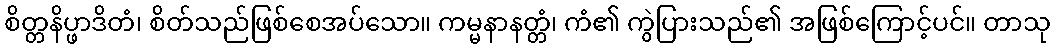
စိတ္တနိပ္ဖာဒိတံ၊ စိတ်သည်ဖြစ်စေအပ်သော။ ကမ္မနာနတ္တံ၊ ကံ၏ ကွဲပြားသည်၏ အဖြစ်ကြောင့်ပင်။ တာသု